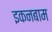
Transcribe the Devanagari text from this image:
इकनबाम